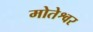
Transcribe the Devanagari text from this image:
मोतेश्वर